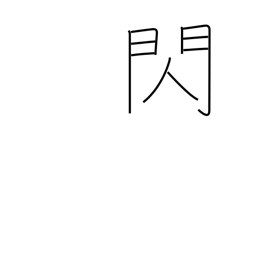
Meaning: flash